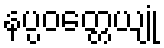
နပ္ပဝတ္တေယျုံ